Annual report on the working of the lock hospitals in the North-Western Provinces and Oudh
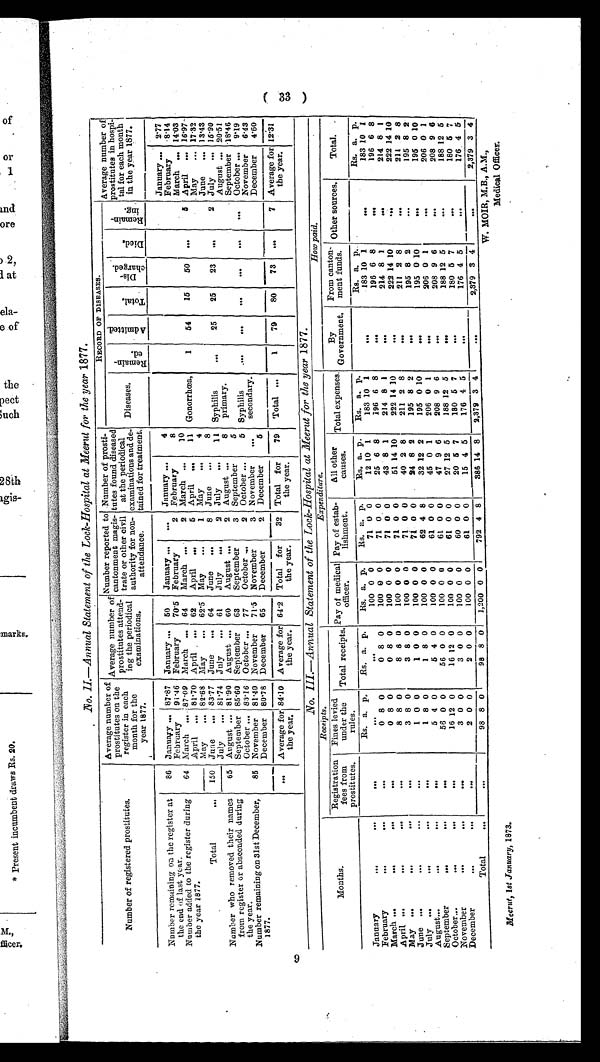
GC)
No. II.—Annual Statement of the Lock-Hospital at Meerut for the year 1877.
Number of registered prostitutes.
Average number of
prostitutes on the
register in each
month for the
year 1877.
Average number of
prostitutes attend-
in g the periodical
examinations.
Number reported to
cantonment magis-
trate or other civil
authority for non-
attendance.
Number of prosti-
tutes found diseased
at the periodical
examinations and de-
tained for treatment.
RECORD OF DISEASES.
Average number of
prostitutes in hospi-
tal for each month
in the year 1877.
Diseases.
Re ma i n - e d .
Admi t t e d.
Total.
Dis-charged.
Died.
Re ma i n - i n g .
Number remaining on the register at
the end of last year.
86 January ... 87.87 January ... 50
January ...
... January ...
4
January ... 2.77
February
91.46 February
70.5 February
2 February
8
I February
8.14
Number added to the register during
the year 1877.
64 March ... 87.09 March ... 64
March ...
2 March ...
10
March ... 14.03
April „, 81.70 April ... 62
April
5 April „
11 Gonorrhœa,
1
54
15
50 ...
5 April ... 16.97
- May
... 82.68 May
... 62.5 May
...
1 May
...
4
May
... 17.32
Total
.,
150 June ... 83.77 June
... 64
June...
8 June
...
8
June
... 13.43
July
... 81.74 July
... 61
July
...
2 July
...
11 Syphilis
S....
25
25
23
. . . 2 July
... 15 .90
Number who removed their names
from register or absconded during
the year.
65 August ... 81.90 August ... 60
August ...
2 August ...
8 primary.
August ... 20.51
September 85.60 September 63
September
3 September
5
September 18.46
October ... 83.16 October ... 77
October ...
2 October „.
5 Syphilis
....
0...
......
...
1. October ... 9.19
Number remaining on 31st December,
1877.
85 November 81.40 November
71.5 November
3 November ...
secondary.
. . .
November 6.43
December 80.78 December
65
December
2 December
6
5
- -
December
4.60
... Average for
the year.
84.10 Average for
the year.
64.2 Total for
the year.
32 Total for
the year.
79 Total ...
1
79
80
73 ...
7 Average for
the year.
.12.31
_No. III.—Annual Statement of the Lock-Hospital at Meerut for the year 1877.
Months.
Receipts.
Expenditure.
How paid.
Registration
fees from
prostitutes.
Fines levied
under the
rules.
,
Total receipts. Pay of medical
o f f i c e r .
Pay of estab
-lishment.
All other
causes.
Total expenses.
By
Government.
From canton-
ment funds. Other sources.
Total.
Rs. a. p. Rs. a,. p.
Rs. a, p.
Rs. a.
-
p.
Rs. a. p.
Rs. a. p.
Rs. a. p.
Rs. a. p.
January
...
...
...
. . . . .
...
100 0 0
71 0 0
12 10 1
183 10 1
l
183 10 1
...
183
1 0 1
February
...
...
. . .
0 8 0
0 8 0
100 0 0
71 0 0
25 6 8
196 6 8
196 6 8
...
196 6 8
March ...
...
...
. . .
0 8 00 0 8 0
100 0 0
71 0 0
43 8 1
214 8 1
...
214 8
1 ...
214 8 1
April ...
...
...
. . .
8
8 0
8 8 0
100 0 0
71 0 0
51 14 10
222 14 10
. .
222 14 10
...
222 14 10
May ...
...
...
...
3
8 0
3 8 0
100 0 0
71
0
0
40 2 8
211 2 8
211 2 8
...
211 2 8
June ...
...
...
. . .
1 0 0
1 0 0
100 0 0
71 0 0
24 8 2
195 8 2
.
195 8 2
. . .
195 8 2
July ...
...
...
...
1 8 0
1 8 0
100 0 0
62 4 8
32 12 2
195 0 10
195 0 10
..e
195 0 10
August...
...
...
....
5 4 0
5 4 0
100 0 0
61 0 0
45 0 1
206 0 1
...
206 0 1
. . .
206 0 1
September
.... ...
. . .
56 0 0
56 0 0
100 0 0
61 0 0
47 9 6
208 9 6
0.
208 9 6
. . .
208 9 6
October...
....
...
...
16 12 0
16 12 0
100 0 0
61 0 0
27 12 5
188 12 5
C...
188 12 5
...
188 12 5
November
...
...
...
3 0 0
3 0 0
100 0 0
60 0 0
20 5 7
180 5 7
. . .
180 5 7
. . .
180 5 7
December
...
...
. . .
2 0 0
2 0 0
100 0 0
61 0 0
15 4 5
176 4 5
. .
176 4 5
..
176 4 5
Total
...
. . .
98 8 0
98 8 0
1,200 0 0
792 4 8
386 14 8
2,379 3 4
-
2,379 3 4
. . . 2,379 3 4
(33)
Meerut, 1st January, 1873.
W. MOIR, M.B., A.M.,
Medical Officer.